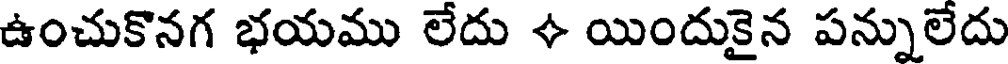
ఉంచుకొనగ భయము లేదు + యిందుకైన పన్నులేదు